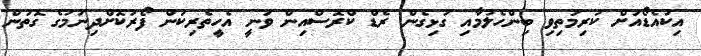
އިކުއެޑޯއަށް ކުރިމަތިވި ބިންހެލުމާއި ގުޅިގެން ރެޑް ކްރޮސްއިން ވަނީ އެހީތެރިކަން ފޯރުކޮށްދިނުމުގެ ގޮތުން